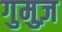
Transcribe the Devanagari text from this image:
गुमुज़